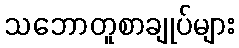
သဘောတူစာချုပ်များ